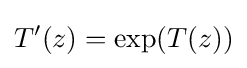
T'(z)=\exp(T(z))